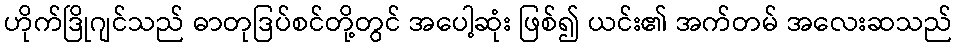
ဟိုက်ဒြိုဂျင်သည် ဓာတုဒြပ်စင်တို့တွင် အပေါ့ဆုံး ဖြစ်၍ ယင်း၏ အက်တမ် အလေးဆသည်